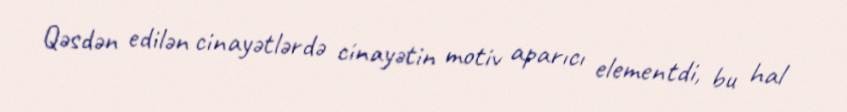
Qəsdən edilən cinayətlərdə cinayətin motiv aparıcı elementdi, bu hal